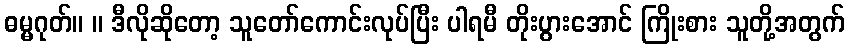
ဓမ္မဂုတ်။ ။ ဒီလိုဆိုတော့ သူတော်ကောင်းလုပ်ပြီး ပါရမီ တိုးပွားအောင် ကြိုးစား သူတို့အတွက်